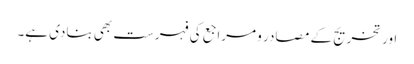
اور تخریج کے مصادر و مراجع کی فہرست بھی بنادی ہے۔